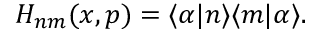
\begin{array} { r } { H _ { n m } ( x , p ) = \langle \alpha | n \rangle \langle m | \alpha \rangle . } \end{array}